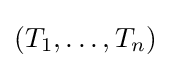
(T_{1},\ldots ,T_{n})